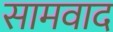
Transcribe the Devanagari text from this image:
सामवाद